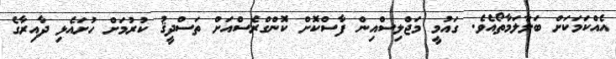
އެއްކަމަކަށް ބަލާލަމާތޯއެވެ. ގައުމީ މަޖްލިސްއިން ފާސްކޮށް ކޮންގްރެސްއަށް ތަސްދީޤު ކުރުމަށް ހުށައެޅި ދާއިރާގެ